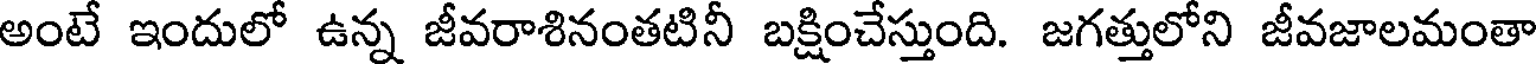
అంటే ఇందులో ఉన్న జీవరాశినంతటినీ బక్షించేస్తుంది. జగత్తులోని జీవజాలమంతా